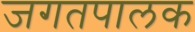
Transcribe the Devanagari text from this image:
जगतपालक